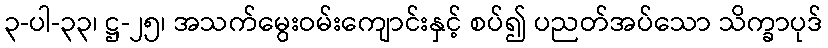
၃-ပါ-၃၃၊ ဋ္ဌ-၂၅၊ အသက်မွေးဝမ်းကျောင်းနှင့် စပ်၍ ပညတ်အပ်သော သိက္ခာပုဒ်